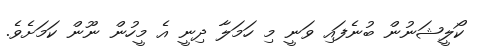
ކޯލީޝަނުން ބުނެފައި ވަނީ މި ހަމަލާ ދިނީ އެ މީހުން ނޫން ކަމަށެވެ.